Indian journal of veterinary science and animal husbandry - Volumes 18-21, 1948-1951
Year: 1948
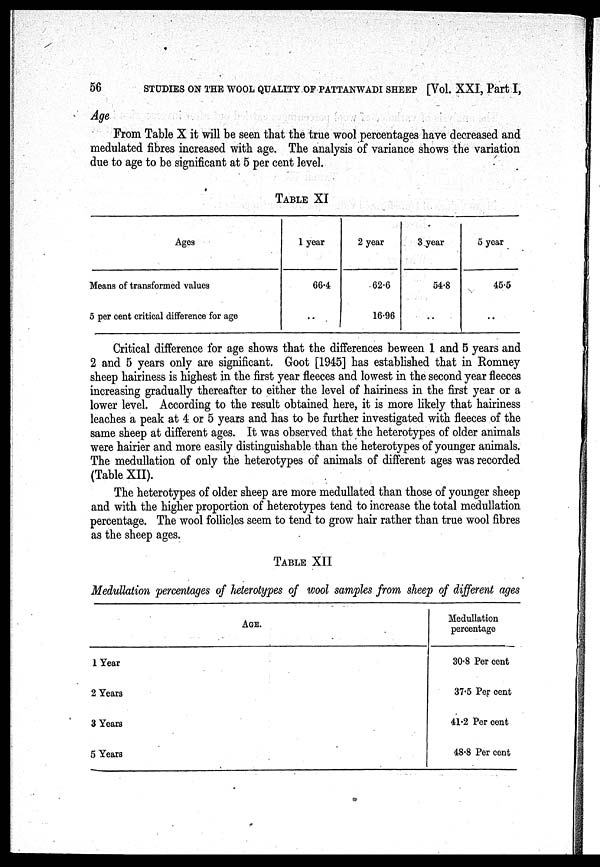
56
STUDIES ON THE WOOL QUALITY OF PATTANWADI SHEEP [Vol. XXI, Part I,
Age
From Table X it will be seen that the true wool percentages have decreased and
medulated fibres increased with age. The analysis of variance shows the variation
due to age to be significant at 5 per cent level.
TABLE XI
Ages
Means of transformed values
5 per cent critical difference for age
1 year
66.4
..
2 year
62.6
16.96
3 year
54.8
..
5 year
45.5
..
Critical difference for age shows that the differences beween 1 and 5 years and
2 and 5 years only are significant. Goot [1945] has established that in Romney
sheep hairiness is highest in the first year fleeces and lowest in the second year fleeces
increasing gradually thereafter to either the level of hairiness in the first year or a
lower level. According to the result obtained here, it is more likely that hairiness
leaches a peak at 4 or 5 years and has to be further investigated with fleeces of the
same sheep at different ages. It was observed that the heterotypes of older animals
were hairier and more easily distinguishable than the heterotypes of younger animals.
The medullation of only the heterotypes of animals of different ages was recorded
(Table XII).
The heterotypes of older sheep are more medullated than those of younger sheep
and with the higher proportion of heterotypes tend to increase the total medullation
percentage. The wool follicles seem to tend to grow hair rather than true wool fibres
as the sheep ages.
TABLE XII
Medullation percentages of heterotypes of wool samples from sheep of different ages
AGE.
1 Year
2 Years
3 Years
5 Years
Medullation
percentage
30.8 Per cent
37.5 Per cent
41.2 Per cent
48.8 Per cent